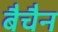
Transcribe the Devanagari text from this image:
बैचैन